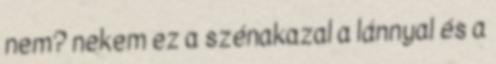
nem? nekem ez a szénakazal a lánnyal és a